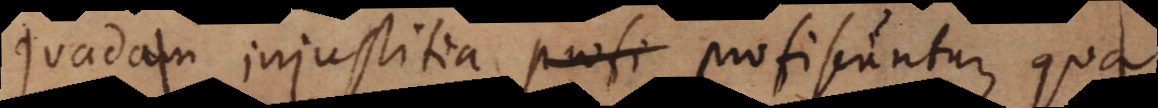
quadam injustitia profi[ci]scuntur, qua